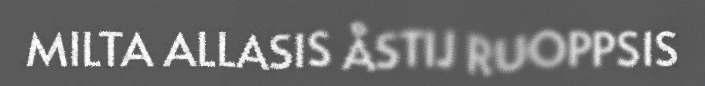
MILTA ALLASIS ÅSTIJ RUOPPSIS